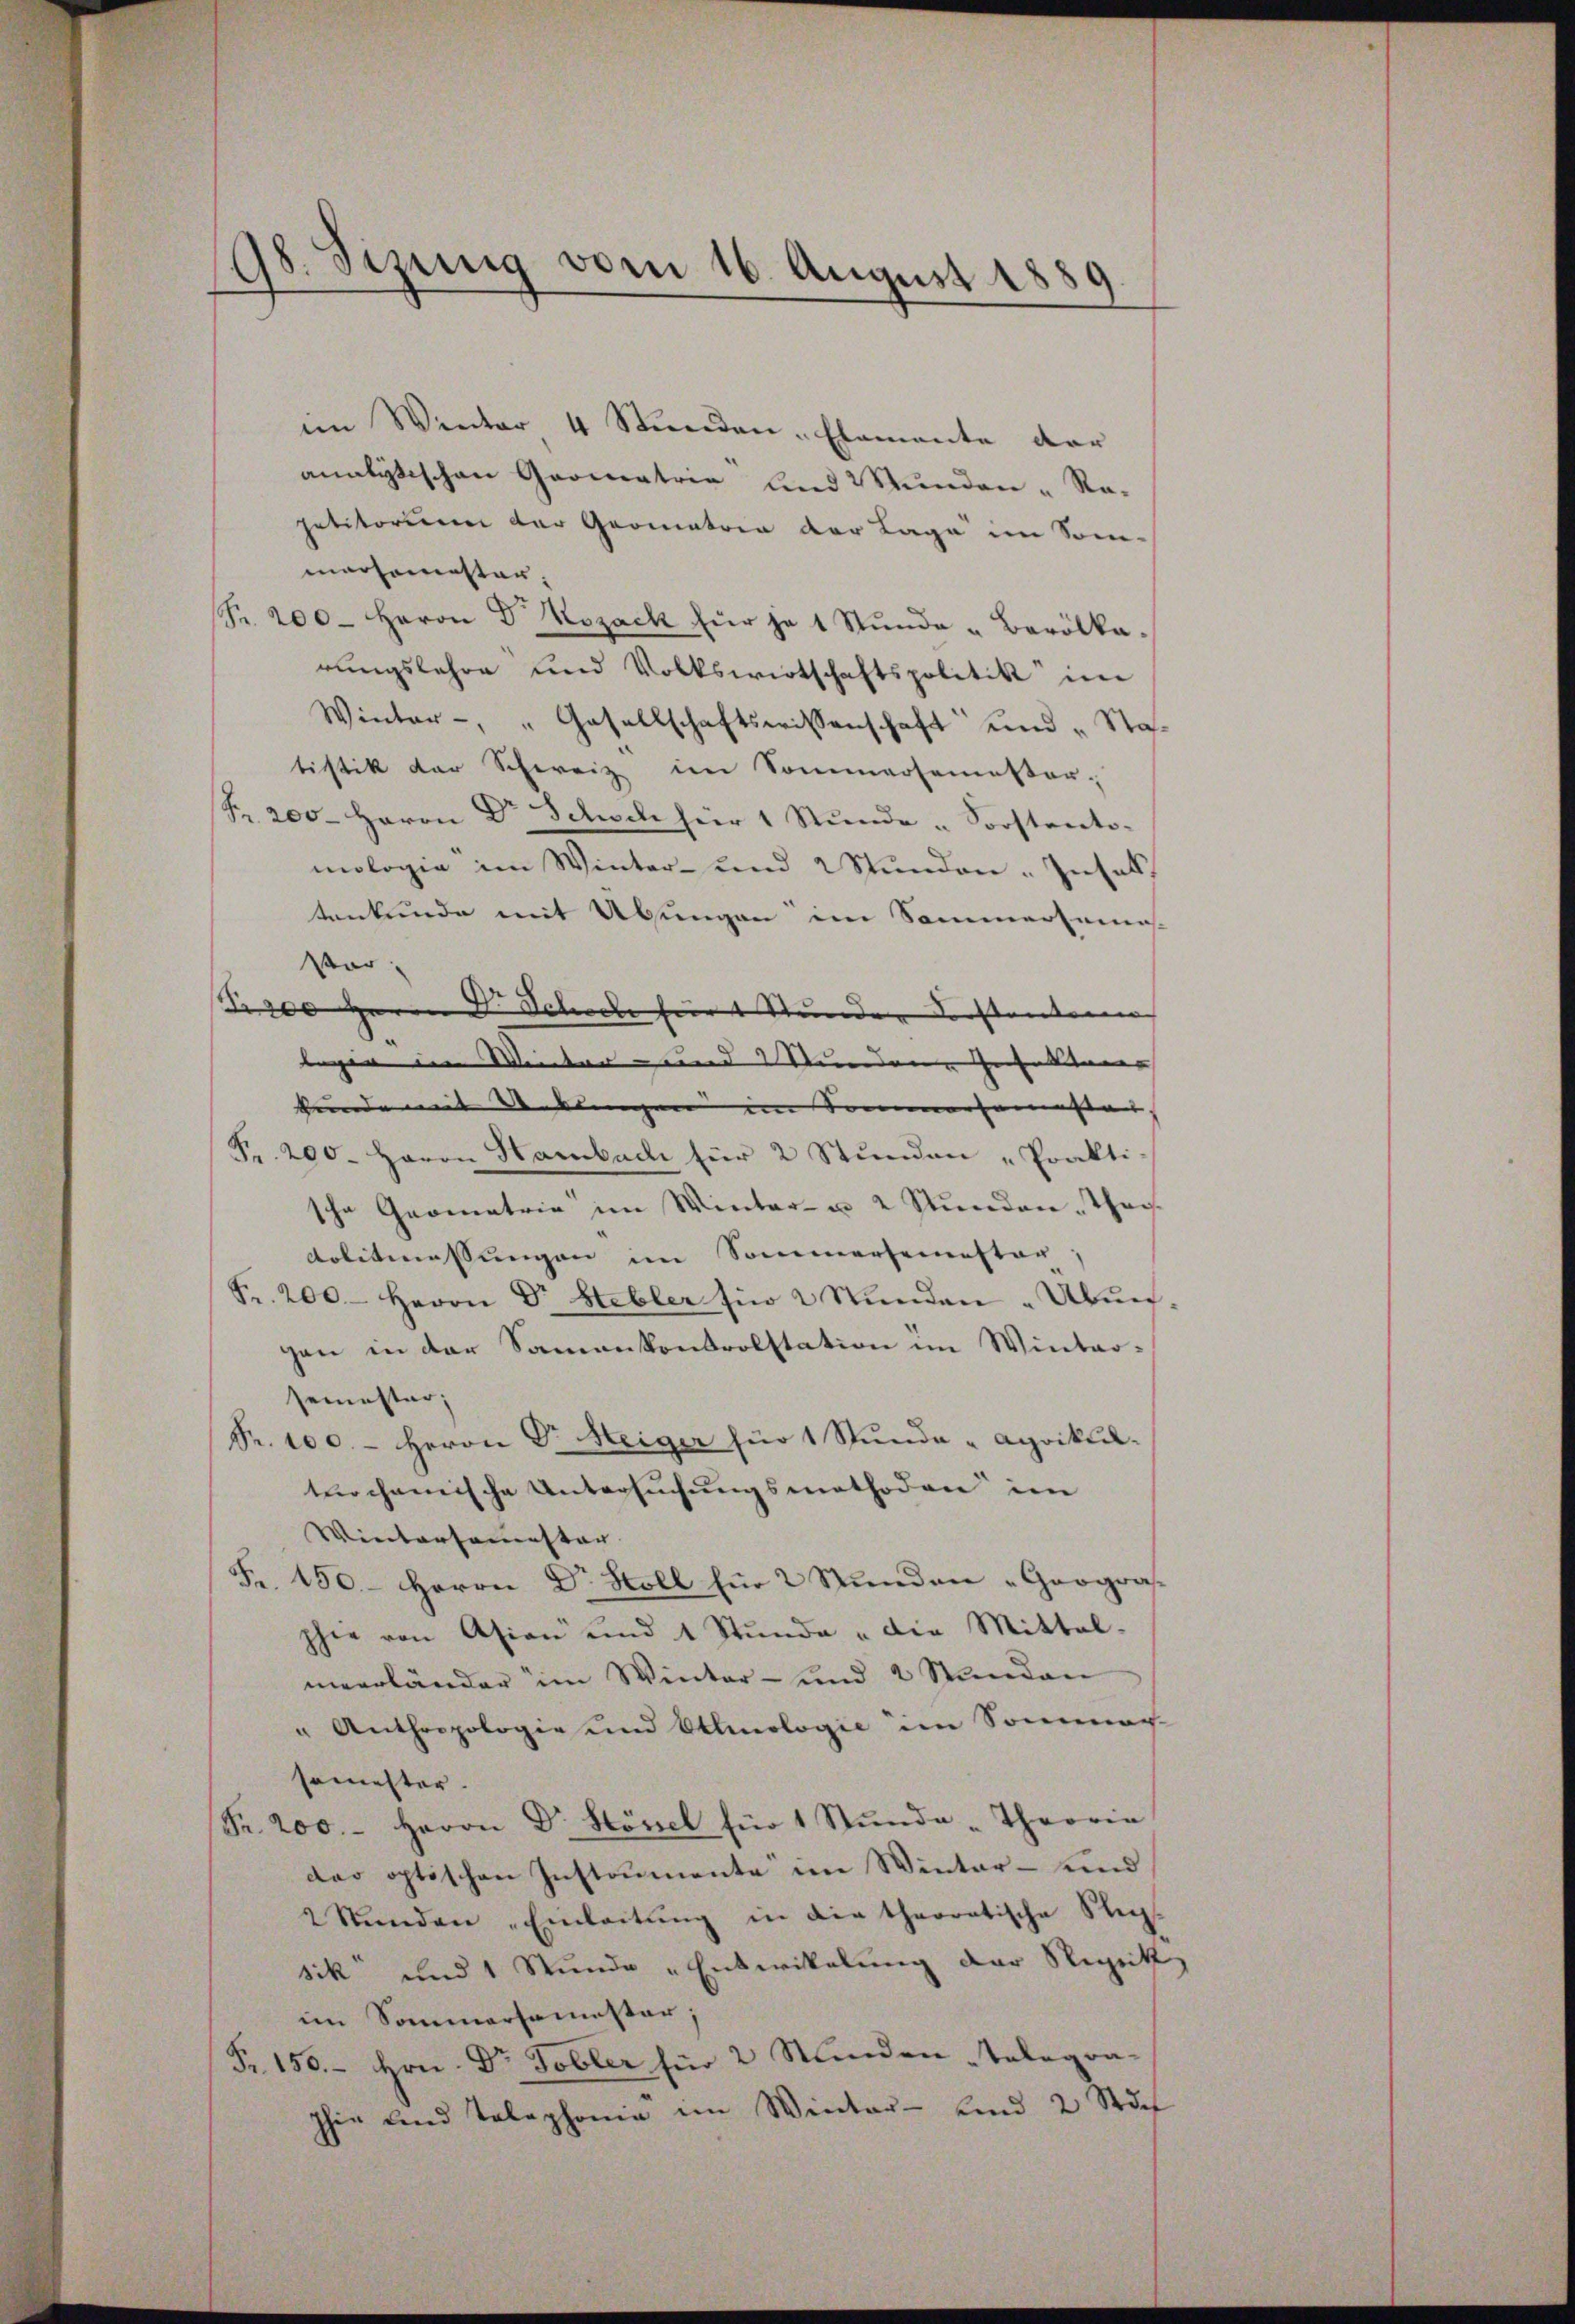
8. Sizung vom 16. August 1889

im Winter 4 Stunden - Elemente dar
analytischen Geometrie und Wunden - Re-
petitorum der Gromatria der Lage im Som-
maromester,
Pr. 200. Herrn Dr Rozack für je 1 Stŭnde "Barölka.
rungslehre und Volkswirtschaftspolitik im
Winter - " Gesellschaftswissenschaft und „Statistik der Schweiz im Sommersemester,
Fr. 200. Herrn Dr Schoch für 1 Stunde - Forstente-
mologie im Winter- und 2 Stŭnden. Insat
tenkunde mit Übungen im Sommerseme-
Vor
Nr. 100 Herrn F. Schocke für 1 Stunden Vorstenten
legen in Winter- und 2 Stundene Gehalten
kunde mit Urkungen im Sommersemester
Fr. 200. Herrn Hambach für 2 Stŭnden „Prakti
sche Geometrie im Winter- u. 2 Stŭnden-Tag-
Arbitmassungen im Sommersemester,
Fr. 200. Herrn Dr Stebler für 2 Stunden Übun
gen in der Samenkontrolstation im Wintersemester,
Fr. 100. - Herrn Dr Heiger für 1 Stunde - agrikul-
turchanische Untersuchungsmethoden im
Wintersammester
Fr. 150.- Herrn Dr Holl für 2 Stunden Geograsphie von Asian und 1 Stŭnde " die Mittel-
ueerländer im Winter- und 2 Stunden
" Anthropologie und Ellinologie im Sommen-
semester.
Fr. 200. Herrn Dr. Hösel für 1 Stŭnde Theorie
dar optischen Instrumente im Winter- und
2 Stŭnden „Einleitŭng in die theoratische Steg
sik und 1 Stunde „Entwickelung der Rigitt
im Sommersemester;
Fr. 156. Hrn. Dr Tobler für 2 Stunden Telegra¬
Ihie und Telephonie im Winter- und 2 Stde